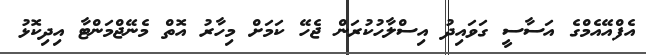
އެފްއޭއެމްގެ އަސާސީ ގަވައިދު އިސްލާހުކުރަން ޖެހޭ ކަމަށް މިހާރު އޮތް މެނޭޖްމަންޓާ އިދިކޮޅު